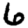
Digit: 6